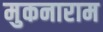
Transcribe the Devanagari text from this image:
मुकनाराम